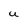
Character: U